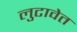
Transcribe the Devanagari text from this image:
लुटावेत